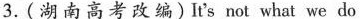
3湖南高考改编)It's not what we do